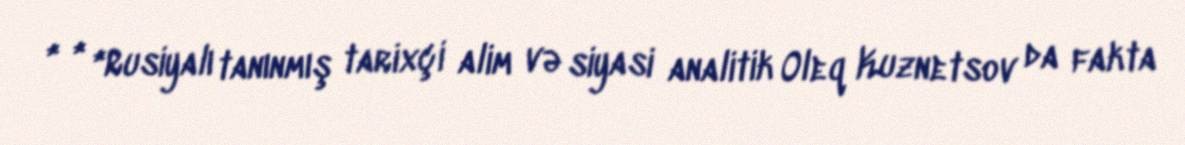
* * *Rusiyalı tanınmış tarixçi alim və siyasi analitik Oleq Kuznetsov da fakta